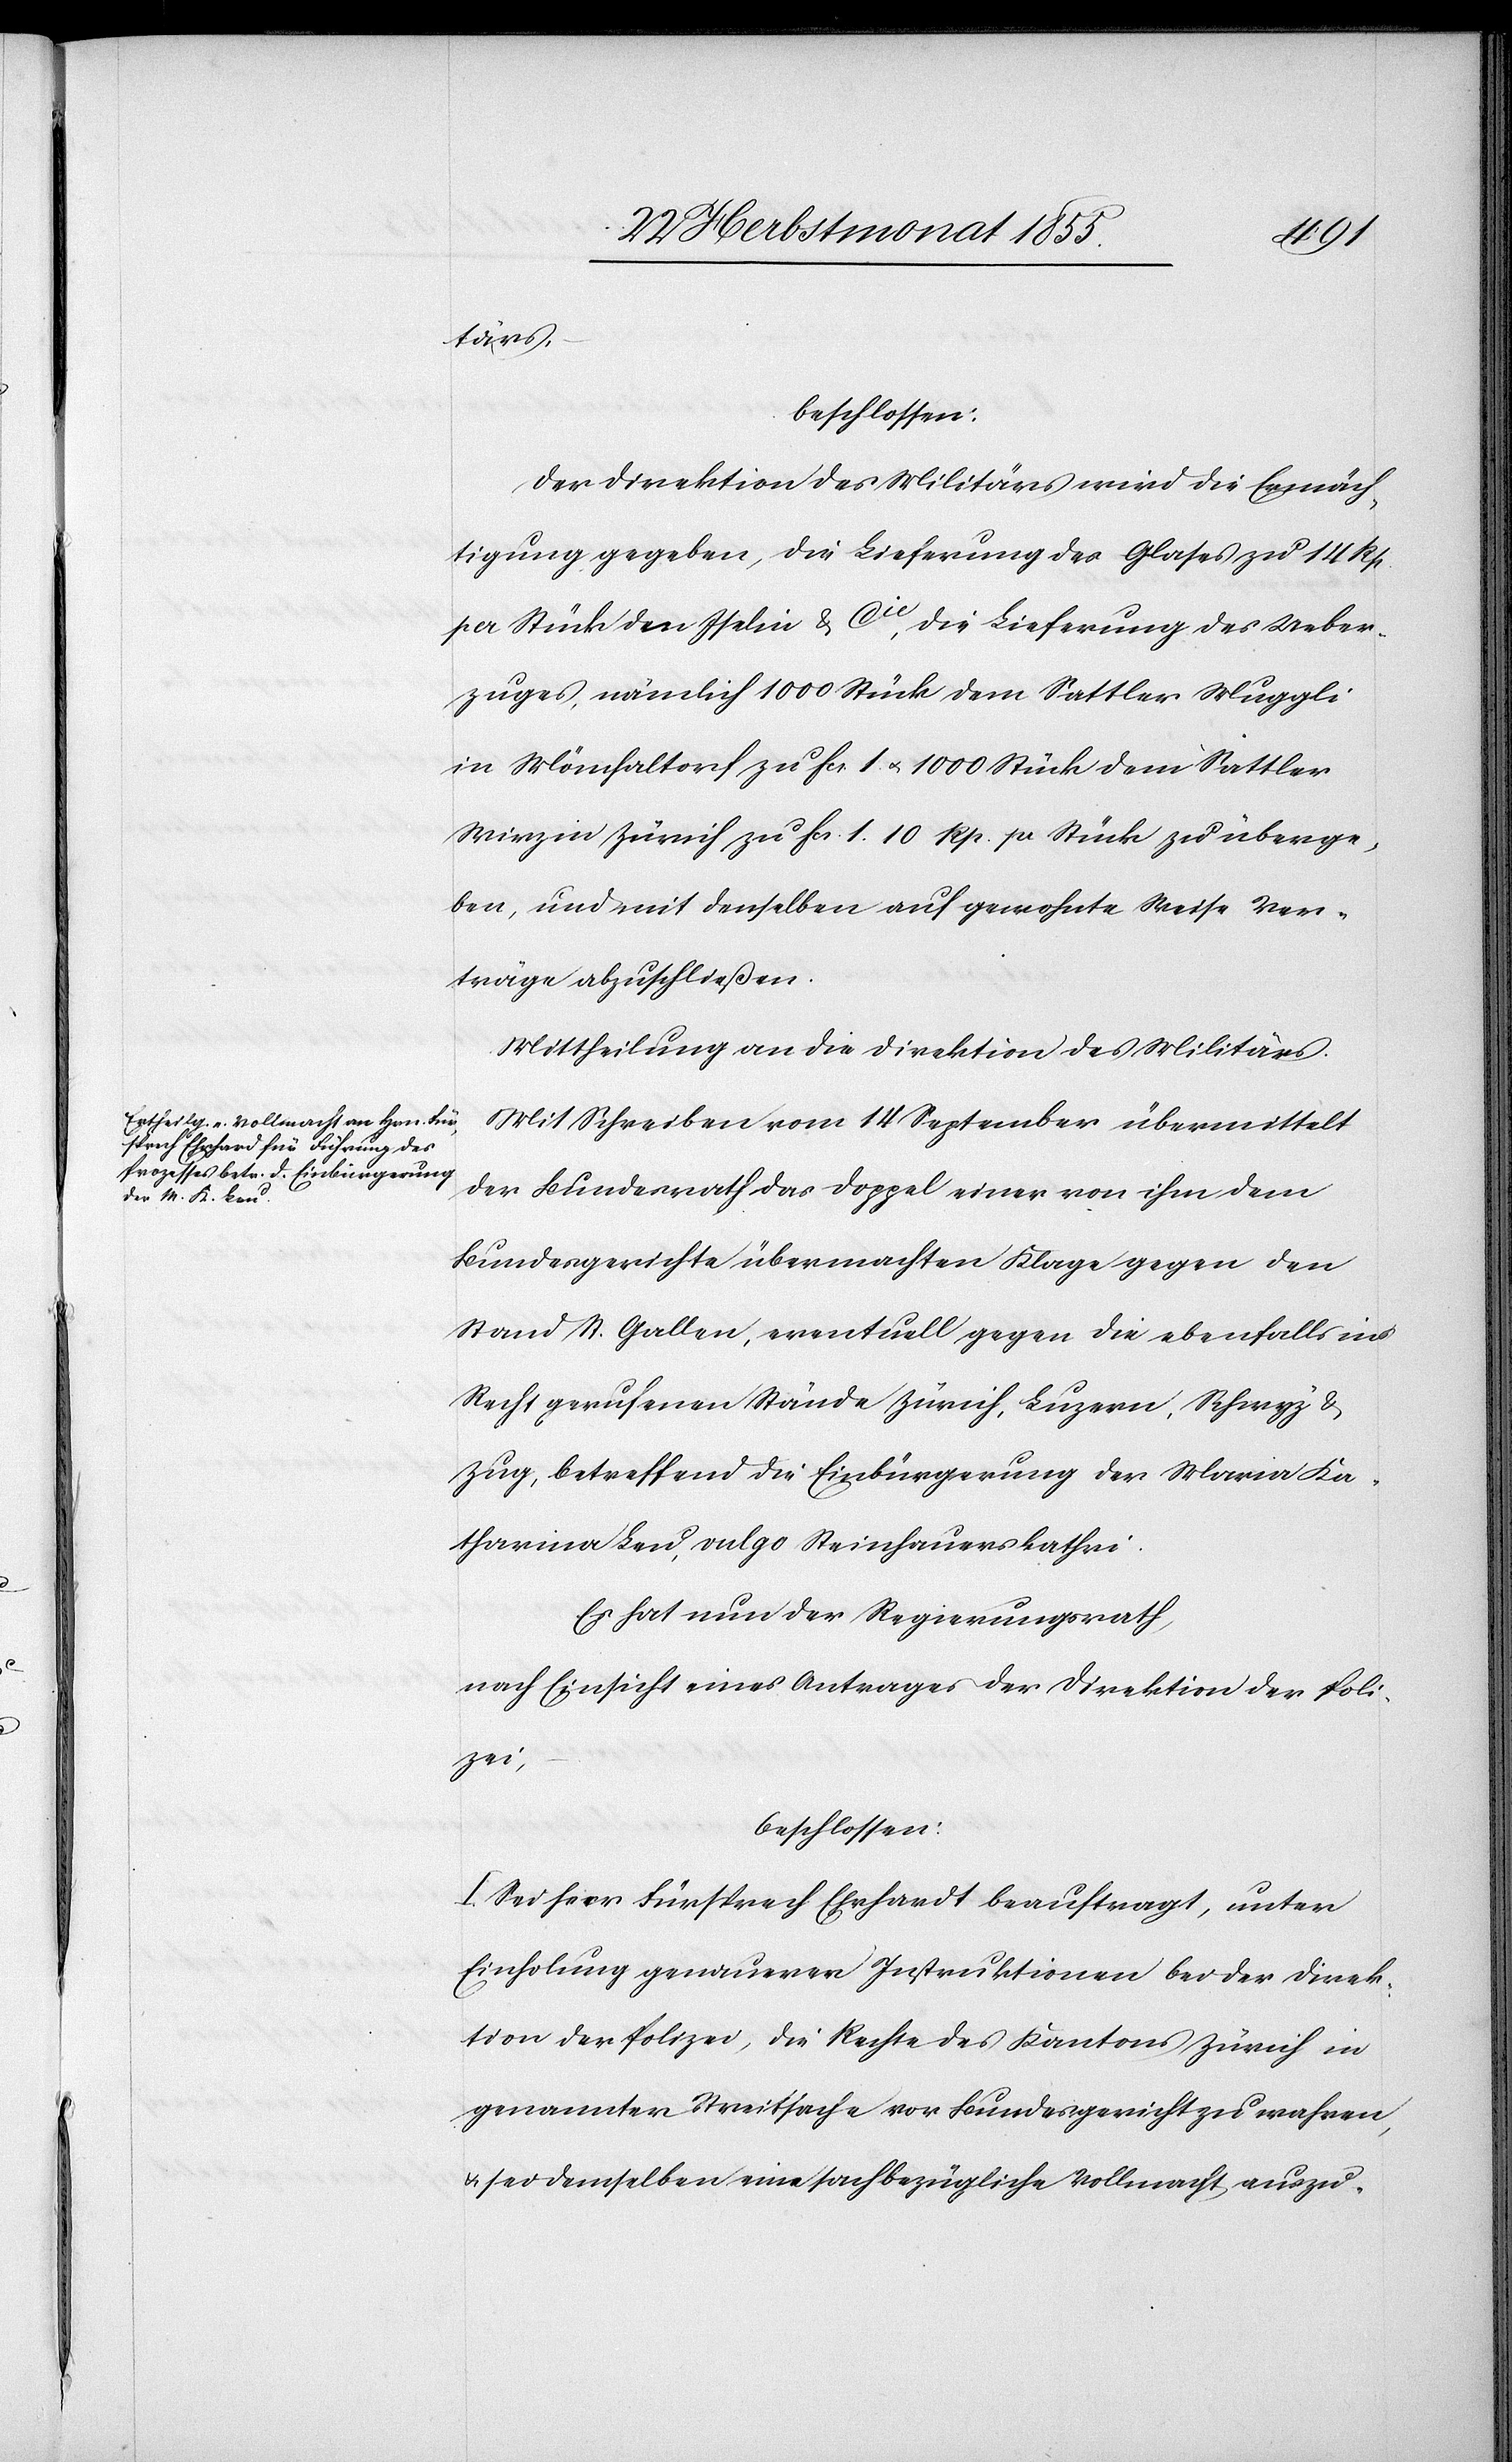
tärs,
beschlossen:
Der Direktion des Militärs wird die Ermäch¬
tigung gegeben, die Lieferung des Glases zu 14 Rp.
per Stück den Iselin & Cie, die Lieferung des Ueber¬
zuges, nämlich 1000 Stück dem Sattler Muggli
in Mönchaltorf zu Fcs. 1. & 1000 Stück dem Sattler
Wirz in Zürich zu Fcs. 1. 10 Rp. pr Stück zu überge¬
ben, und mit denselben auf gewohnte Weise Ver¬
träge abzuschließen.
Mittheilung an die Direktion des Militärs.
Mit Schreiben vom 14 September übermittelt
der Bundesrath das Doppel einer von ihm dem
Bundesgerichte übermachten Klage gegen den
Stand St. Gallen, eventuell gegen die ebenfalls ins
Recht gerufenen Stände Zürich, Luzern, Schwyz &
Zug, betreffend die Einbürgerung der Maria Ka¬
tharina Leu, vulgo Steinhauers kathri
Es hat nun der Regierungsrath,
nach Einsicht eines Antrages der Direktion der Poli¬
zei,
beschlossen:
I. Sei herr [sic!] Fürsprech Ehrhardt beauftragt, unter
Einholung genauerer Instruktionen bei der Direk¬
tion der Polizei, die Rechte des Kantons Zürich in
genannter Streitsache vor Bundesgericht zu wahren,
& sei demselben eine sachbezügliche Vollmacht auszu-